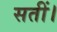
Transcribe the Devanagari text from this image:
सतीं।